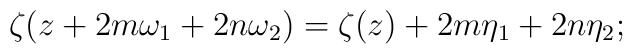
\zeta(z+2m\omega_{1}+2n\omega_{2})=\zeta(z)+2m\eta_{1}+2n\eta_{2};